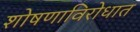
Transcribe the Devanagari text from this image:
शोषणाविरोधात